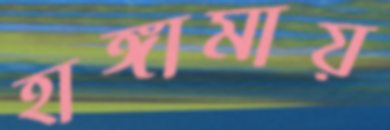
হাঙ্গামায়